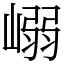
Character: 嵶